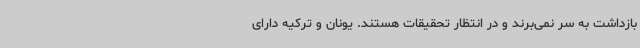
بازداشت به سر نمی‌برند و در انتظار تحقیقات هستند. یونان و ترکیه دارای